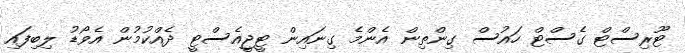
ޓޫރިސްޓް ގެސްޓް ހައުސް ގިންތިން އެންމެ ގިނައިން ޓީޖީއެސްޓީ ދެއްކުމުން އެވޯޑު ލިބިފައި